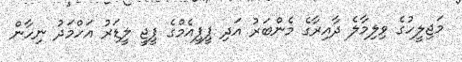
މަޖިލީހުގެ ވިލިމާލެ ދާއިރާގެ މެންބަރު އަދި ޕީޕީއެމްގެ ޕީޖީ ލީޑަރު އަހްމަދު ނިހާން